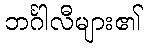
ဘင်္ဂါလီများ၏